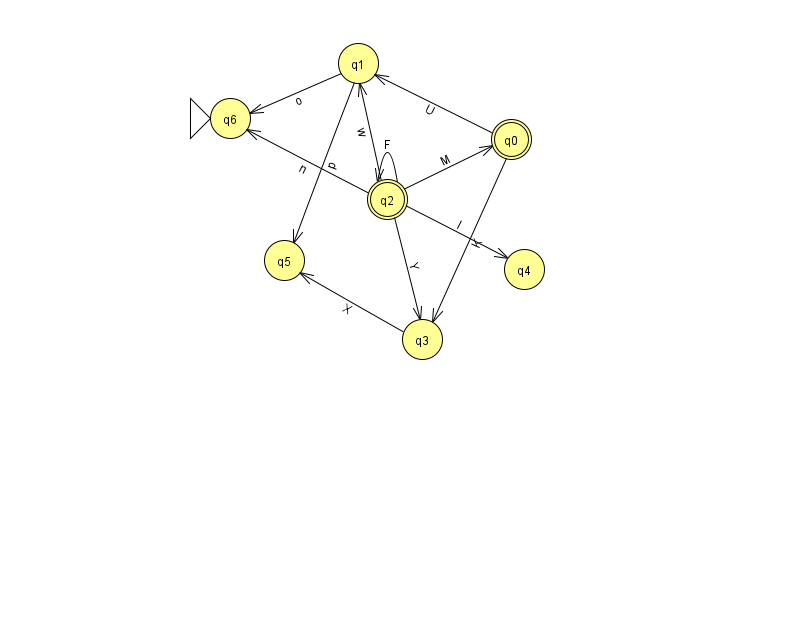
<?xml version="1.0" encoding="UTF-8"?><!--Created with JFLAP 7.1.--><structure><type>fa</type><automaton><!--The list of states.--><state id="0" name="q0"><x>511.0</x><y>126.0</y><final/></state><state id="1" name="q1"><x>358.0</x><y>50.0</y></state><state id="2" name="q2"><x>387.0</x><y>186.0</y><final/></state><state id="3" name="q3"><x>422.0</x><y>326.0</y></state><state id="4" name="q4"><x>524.0</x><y>256.0</y></state><state id="5" name="q5"><x>284.0</x><y>247.0</y></state><state id="6" name="q6"><x>230.0</x><y>105.0</y><initial/></state><!--The list of transitions.--><transition><from>1</from><to>5</to><read>p</read></transition><transition><from>2</from><to>1</to><read>w</read></transition><transition><from>2</from><to>0</to><read>M</read></transition><transition><from>3</from><to>5</to><read>X</read></transition><transition><from>2</from><to>3</to><read>Y</read></transition><transition><from>2</from><to>2</to><read>F</read></transition><transition><from>0</from><to>3</to><read>K</read></transition><transition><from>2</from><to>4</to><read>l</read></transition><transition><from>1</from><to>6</to><read>o</read></transition><transition><from>2</from><to>6</to><read>n</read></transition><transition><from>0</from><to>1</to><read>U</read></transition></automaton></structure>